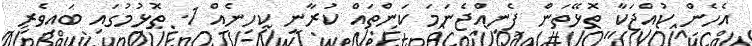
އެހެން ކުއްޖަކާ ތޮޅޭތަން ފެނިއްޖެނަމަ ކަންތައް ކުރާނީ ކިހިނެއް 1. ތޮޅުމުގައި ބައިވެރި